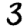
Digit: 3